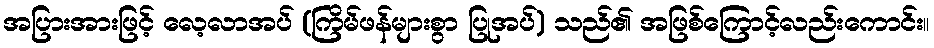
အပြားအားဖြင့် လေ့လာအပ် (ကြိမ်ဖန်များစွာ ပြုအပ်) သည်၏ အဖြစ်ကြောင့်လည်းကောင်း။